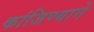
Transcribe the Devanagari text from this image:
कांजिण्याने